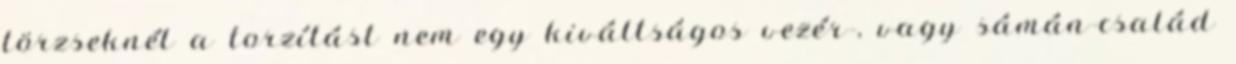
törzseknél a torzítást nem egy kiváltságos vezér-, vagy sámán-család